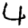
Digit: 4